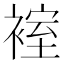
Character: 𮷂